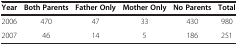
<table><thead><tr><td><b>Year</b></td><td><b>Both Parents</b></td><td><b>Father Only</b></td><td><b>Mother Only</b></td><td><b>No Parents</b></td><td><b>Total</b></td></tr></thead><tbody><tr><td>2006</td><td>470</td><td>47</td><td>33</td><td>430</td><td>980</td></tr><tr><td>2007</td><td>46</td><td>14</td><td>5</td><td>186</td><td>251</td></tr></tbody></table>